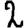
Digit: 2